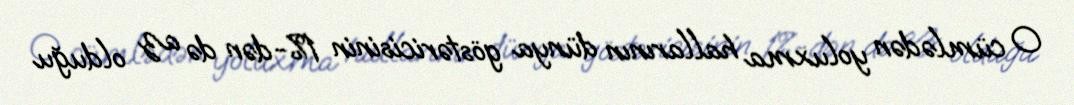
O cümlədən yoluxma hallarının dünya göstəricisinin 1%-dən də az olduğu